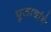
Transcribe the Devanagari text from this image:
पूजार्चासे